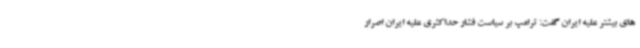
های بیشتر علیه ایران گفت: ترامپ بر سیاست فشار حداکثری علیه ایران اصرار